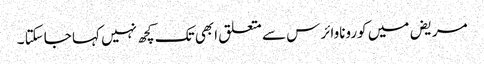
مریض میں کوروناوائرس سے متعلق ابھی تک کچھ نہیں کہا جاسکتا ۔